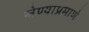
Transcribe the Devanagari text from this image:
लेण्याप्रमाणे